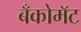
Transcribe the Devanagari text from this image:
बँकोमॅट